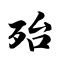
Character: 殆